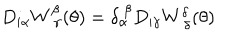
D _ { i \alpha } W _ { ~ \gamma } ^ { \beta } ( \theta ) = \delta _ { \alpha } ^ { ~ \beta } D _ { i \gamma } W _ { ~ \delta } ^ { \delta } ( \theta )